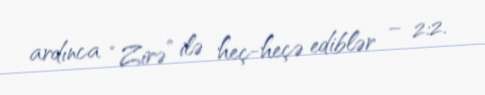
ardınca “Zirə” ilə heç-heçə ediblər – 2:2.